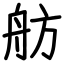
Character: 舫